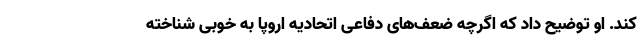
کند. او توضیح داد که اگرچه ضعف‌های دفاعی اتحادیه اروپا به خوبی شناخته